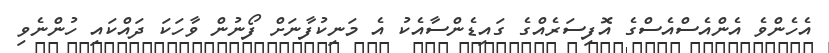
އެހެންވެ އެންއެސްއެސްގެ އޮފިސަރެއްގެ ގައިޑެންސާއެކު އެ މަނިކުފާނަށް ފޯނުން ވާހަކަ ދައްކައި ހުންނެވި